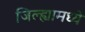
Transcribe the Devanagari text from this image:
जिल्‍ह्यामध्ये